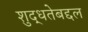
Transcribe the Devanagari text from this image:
शुद्धतेबद्दल